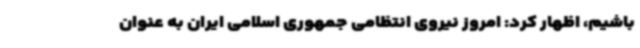
باشیم، اظهار کرد: امروز نیروی انتظامی جمهوری اسلامی ایران به عنوان